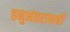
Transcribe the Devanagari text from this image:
हनुमंतरायाची